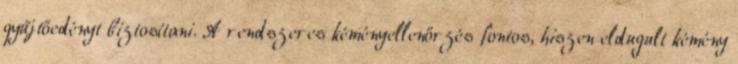
gyűjtőedényt biztosítani. A rendszeres kéményellenőrzés fontos, hiszen eldugult kémény